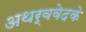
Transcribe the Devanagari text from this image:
अथर्ववेदके